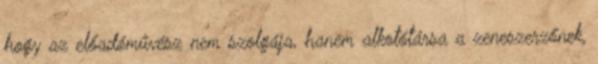
hogy az előadóművész nem szolgája, hanem alkotótársa a zeneszerzőnek,